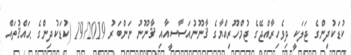
ކުޑަކުދިންގެ ޖަލަކީ ދިވެހިރާއްޖޭގެ ޖުމްހޫރިއްޔާގެ ޤާނޫނުއަސާސީއާއި ޤާނޫނު ނަންބަރު 19/2019 (ކުޑަކުދިންގެ ޙައްޤުތައް